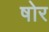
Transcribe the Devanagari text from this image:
षोर